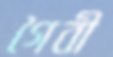
গৈবী